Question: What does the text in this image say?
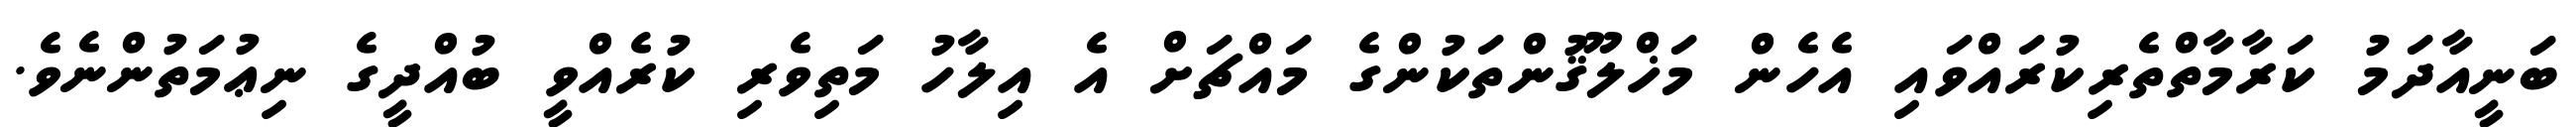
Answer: ބަނީއާދަމު ކަރާމާތްތެރިކުރައްވައި އެހެން މަޚްލޫޤުންތަކުންގެ މައްޗަށް އެ އިލާހު މަތިވެރި ކުރެއްވީ ބުއްދީގެ ނިޢުމަތުންނެވެ.